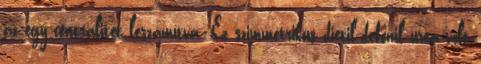
az egy centralitet leszámítva. Ez szimmetrikus dietil-defenil urea volt